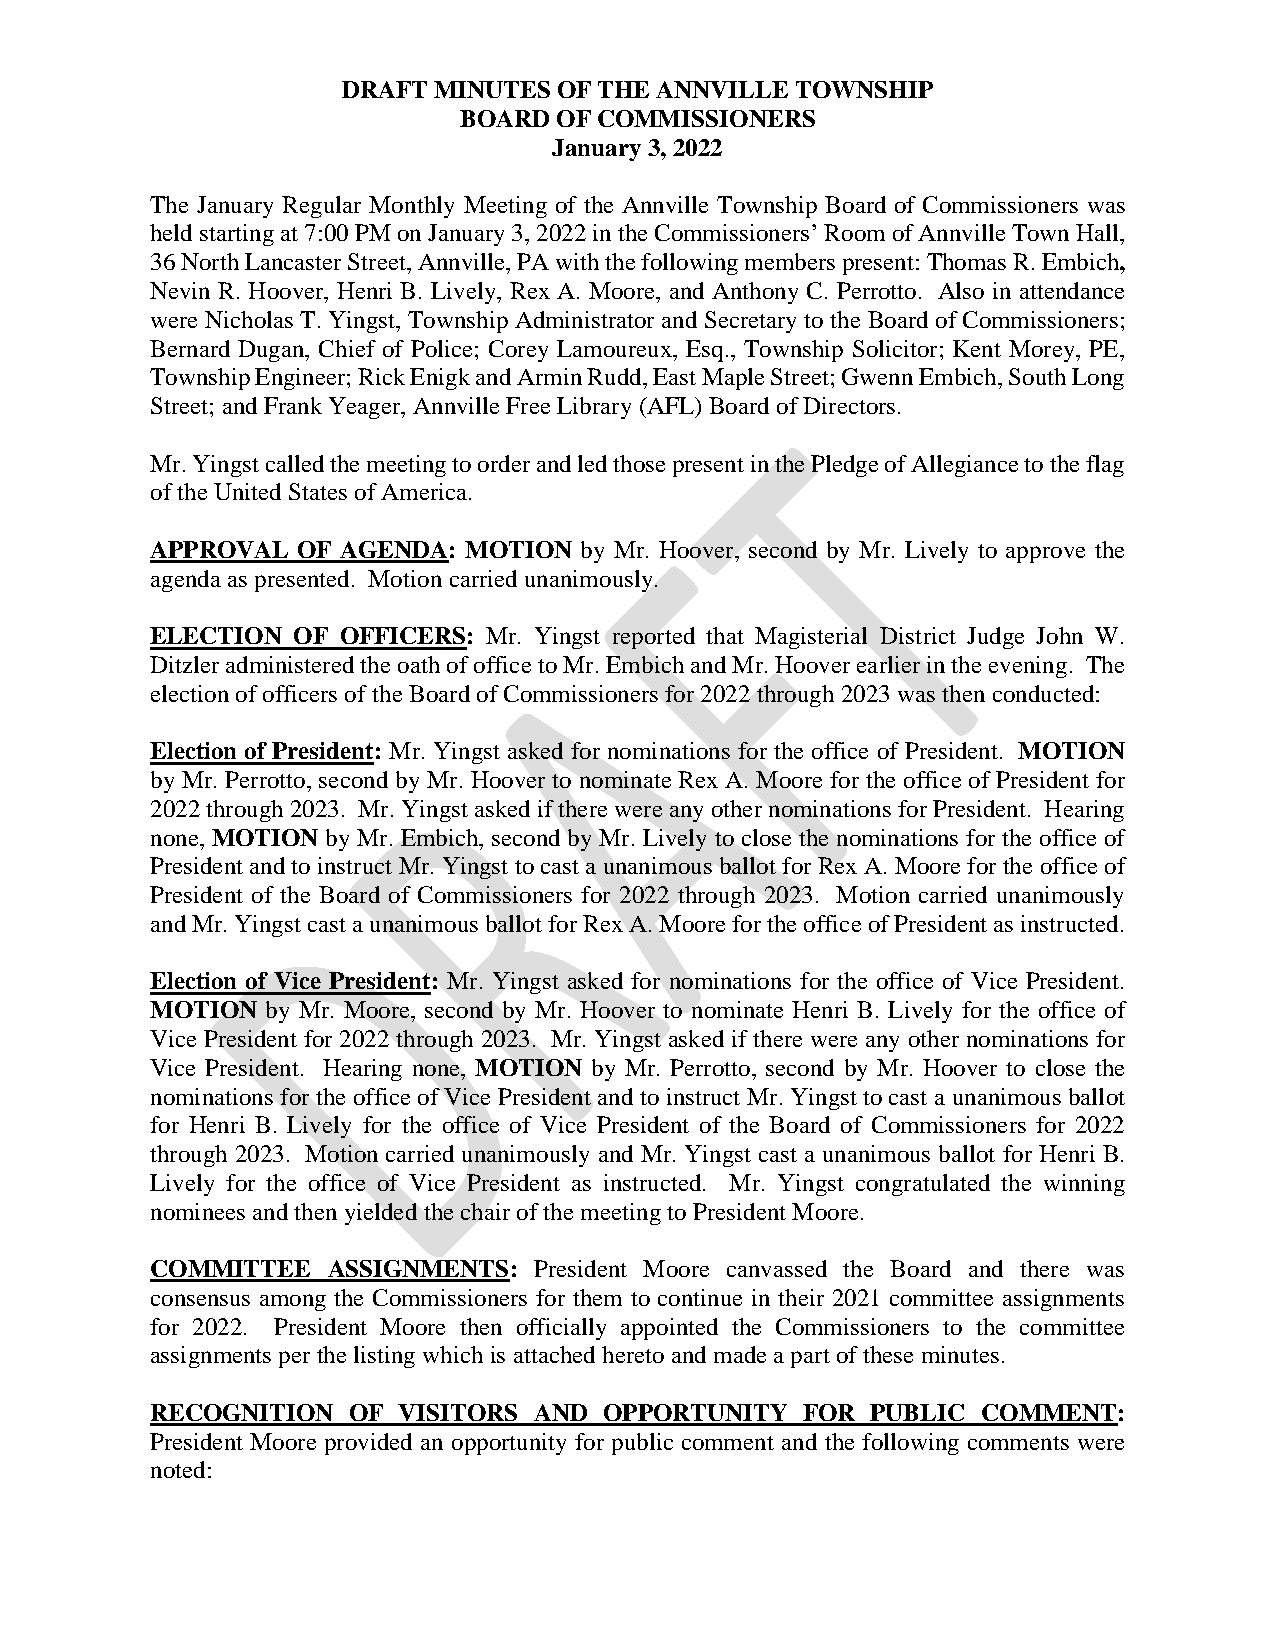
DRAFT MINUTES OF THE ANNVILLE TOWNSHIP
 BOARD  OF COMMISSIONERS
 January 3, 2022
 The January Regular Monthly Meeting of the Annville Township Board of Commissioners was
 held starting at 7:00 PM on January 3, 2022 in the Commissioners’ Room of Annville Town Hall,
 36 North Lancaster Street, Annville, PA with the following members present: Thomas R. Embich,
 Nevin R. Hoover, Henri B. Lively, Rex A. Moore, and Anthony C. Perrotto. Also in attendance
 were Nicholas T. Yingst, Township Administrator and Secretary to the Board of Commissioners;
 Bernard Dugan, Chief of Police; Corey Lamoureux, Esq., Township Solicitor; Kent Morey, PE,
 Township Engineer; Rick Enigk and Armin Rudd, East Maple Street; Gwenn Embich, South Long
 Street; and Frank Yeager, Annville Free Library (AFL) Board of Directors.
 Mr. Yingst called the meeting to order and led those present in the Pledge of Allegiance to the flag
 of the United States of America.
 APPROVAL  OF AGENDA: MOTION by Mr. Hoover, second by Mr. Lively to approve the
 agenda as presented. Motion carried unanimously.
 ELECTION OF OFFICERS: Mr. Yingst reported that Magisterial District Judge John W.
 Ditzler administered the oath of office to Mr. Embich and Mr. Hoover earlier in the evening. The
 election of officers of the Board of Commissioners for 2022 through 2023 was then conducted:
 Election of President: Mr. Yingst asked for nominations for the office of President. MOTION
 by Mr. Perrotto, second by Mr. Hoover to nominate Rex A. Moore for the office of President for
 2022 through 2023. Mr. Yingst asked if there were any other nominations for President. Hearing
 none, MOTION by Mr. Embich, second by Mr. Lively to close the nominations for the office of
 President and to instruct Mr. Yingst to cast a unanimous ballot for Rex A. Moore for the office of
 President of the Board of Commissioners for 2022 through 2023. Motion carried unanimously
 and Mr. Yingst cast a unanimous ballot for Rex A. Moore for the office of President as instructed.
 Election of Vice President: Mr. Yingst asked for nominations for the office of Vice President.
 MOTION  by Mr. Moore, second by Mr. Hoover to nominate Henri B. Lively for the office of
 Vice President for 2022 through 2023. Mr. Yingst asked if there were any other nominations for
 Vice President. Hearing none, MOTION by Mr. Perrotto, second by Mr. Hoover to close the
 nominations for the office of Vice President and to instruct Mr. Yingst to cast a unanimous ballot
 for Henri B. Lively for the office of Vice President of the Board of Commissioners for 2022
 through 2023. Motion carried unanimously and Mr. Yingst cast a unanimous ballot for Henri B.
 Lively for the office of Vice President as instructed. Mr. Yingst congratulated the winning
 nominees and then yielded the chair of the meeting to President Moore.
 COMMITTEE   ASSIGNMENTS: President Moore canvassed the Board and there was
 consensus among the Commissioners for them to continue in their 2021 committee assignments
 for 2022. President Moore then officially appointed the Commissioners to the committee
 assignments per the listing which is attached hereto and made a part of these minutes.
 RECOGNITION  OF VISITORS AND  OPPORTUNITY  FOR  PUBLIC COMMENT:
 President Moore provided an opportunity for public comment and the following comments were
 noted: